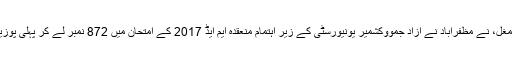
11 مئی2018ء) نادیہ حبیب خان مغل بنت حبیب اللہ خان مغل، نے مظفرآباد نے آزاد جمووکشمیر یونیورسٹی کے زیر اہتمام منعقدہ ایم ایڈ 2017 کے امتحان میں 872 نمبر لے کر پہلی پوزیشن حاصل کر لی اور اس طرح گولڈ میڈل کی حقدار ٹھریں۔